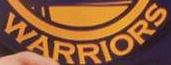
WARRIORS